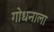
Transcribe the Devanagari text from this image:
गोधनाला